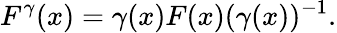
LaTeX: F^{\gamma}(x)=\gamma(x)F(x)(\gamma(x))^{-1}.